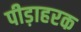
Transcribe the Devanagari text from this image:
पीड़ाहरक